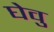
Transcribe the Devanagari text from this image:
घेवु